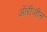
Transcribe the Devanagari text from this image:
ऑरीजीन